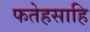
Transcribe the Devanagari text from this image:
फतेहसाहि